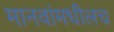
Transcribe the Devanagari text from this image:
मानवांमधीलच